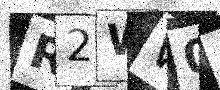
Text: R2WW00